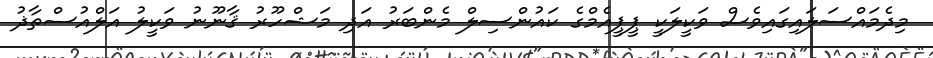
މިދެމައްސަލައިގައިވެސް ވަކީލަކީ ޕީޕީއެމްގެ ކައުންސިލް މެންބަރު އަދި މަޝްހޫރު ޤާނޫނު ވަކީލު އަލްއުސްތާޛު